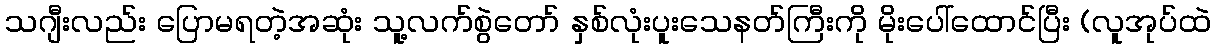
သဂျီးလည်း ပြောမရတဲ့အဆုံး သူ့လက်စွဲတော် နှစ်လုံးပူးသေနတ်ကြီးကို မိုးပေါ်ထောင်ပြီး (လူအုပ်ထဲ